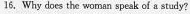
16. Why does the woman speak of a study?